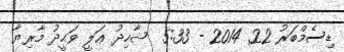
ޑިސެމްބަރު 22